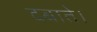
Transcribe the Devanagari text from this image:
दबाते।